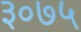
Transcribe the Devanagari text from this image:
३०७५